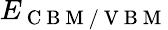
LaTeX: E_{\mathrm{~C~B~M~/~V~B~M~}}